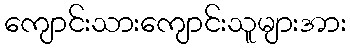
ကျောင်းသားကျောင်းသူများအား